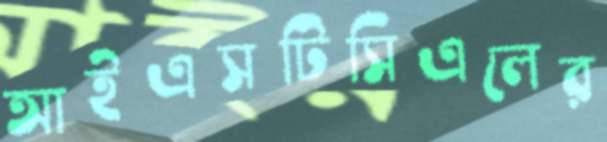
আইএসটিসিএলের